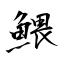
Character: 鰃